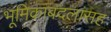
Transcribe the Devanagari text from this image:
भूमिकाबदलांसह